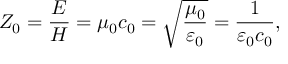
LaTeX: Z _ { 0 } = { \frac { E } { H } } = \mu _ { 0 } c _ { 0 } = { \sqrt { \frac { \mu _ { 0 } } { \varepsilon _ { 0 } } } } = { \frac { 1 } { \varepsilon _ { 0 } c _ { 0 } } } ,